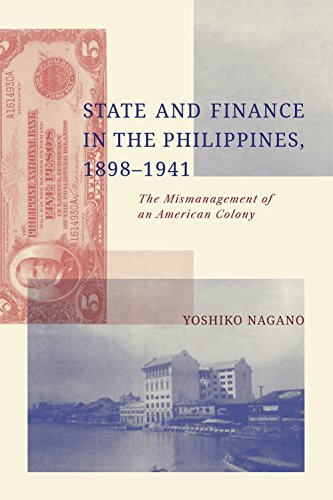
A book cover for State and Finance in the Philippines, 1898-1941: The Mismanagement of an American Colony; Yoshiko Nagano; History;